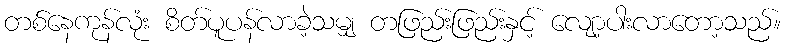
တစ်နေကုန်လုံး စိတ်ပူပန်လာခဲ့သမျှ တဖြည်းဖြည်းနှင့် လျော့ပါးလာတော့သည်။